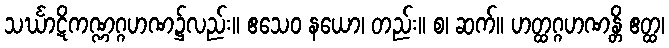
သင်္ဃာဋိကဏ္ဏဂ္ဂဟဏ၌လည်း။ ဧသေဝ နယော၊ တည်း။ စ၊ ဆက်။ ဟတ္ထဂ္ဂဟဏန္တိ ဧတ္ထ၊